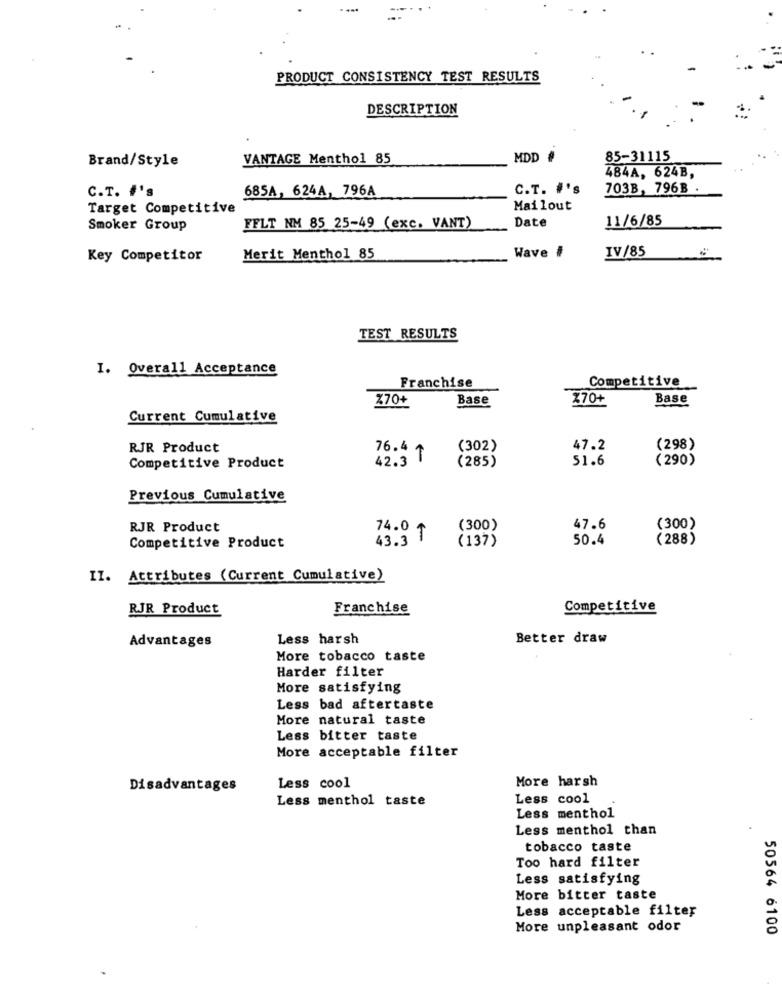
--..
PRODUCT CONSISTENCY TEST RESULTS
DESCRIPTION
VANTAGE Menthol 85
MDD #
85-31115
Brand/Style
484A, 624B,
C.T. #'s
685A, 624A, 796A
C.T. #'s
703B, 796B
Target Competitive
Mailout
Date
11/6/85
Smoker Group
FFLT NM 85 25-49 (exc. VANT)
IV/85
Key Competitor
Merit Menthol 85
Wave #
TEST RESULTS
I. Overall Acceptance
Competitive
Franchise
%70+
Base
X70+
Base
Current Cumulative
RJR Product
76.4 1
(302)
47.2
(298)
42.3 T
(285)
51.6
(290)
Competitive Product
Previous Cumulative
RJR Product
(300)
47.6
(300)
74.0 ₸
43.3
(137)
50.4
(288)
Competitive Product
II. Attributes (Current Cumulative)
RJR Product
Franchise
Competitive
Less harsh
Better draw
Advantages
More tobacco taste
Harder filter
More satisfying
Less bad aftertaste
More natural taste
Less bitter taste
More acceptable filter
More harsh
Disadvantages
Less cool
Less menthol taste
Less cool
Less menthol
Less menthol than
tobacco taste
Too hard filter
Less satisfying
More bitter taste
Less acceptable filter
More unpleasant odor
50564 6100